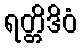
ရတ္တိဒိဝံ